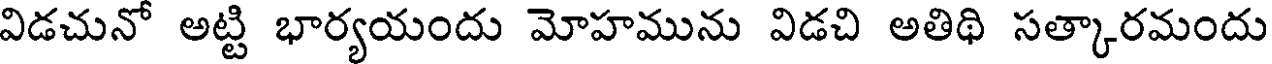
విడచునో అట్టి భార్యయందు మోహమును విడచి అతిథి సత్కారమందు